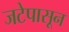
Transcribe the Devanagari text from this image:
जटेपासून